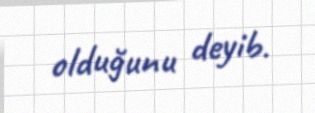
olduğunu deyib.